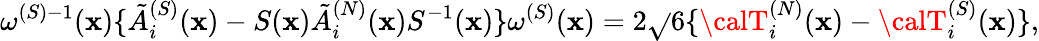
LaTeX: \omega^{(S)-1}(\mathbf{x})\{ \tilde{{A}}_{i}^{(S)}(\mathbf{x})-S(\mathbf{x})\tilde{{A}}_{i}^{(N)}(\mathbf{x})S^{-1}(\mathbf{x})\} \omega^{(S)}(\mathbf{x})=2\sqrt{}{{6}}\{ {\calT}_{i}^{(N)}(\mathbf{x})-{\calT}_{i}^{(S)}(\mathbf{x})\} ,